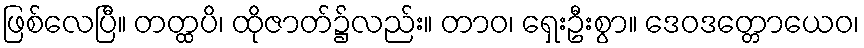
ဖြစ်လေပြီ။ တတ္ထပိ၊ ထိုဇာတ်၌လည်း။ တာဝ၊ ရှေးဦးစွာ။ ဒေဝဒတ္တောယေဝ၊